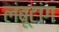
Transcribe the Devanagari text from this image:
लंबूटांग